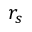
r _ { s }